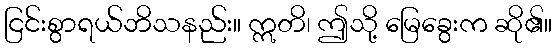
ငြင်းစွာရယ်ဘိသနည်း။ ဣတိ၊ ဤသို့ မြေခွေးက ဆို၏။